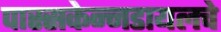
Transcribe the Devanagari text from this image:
पास्सकेन्नडायलचे